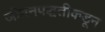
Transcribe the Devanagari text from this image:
जीवनपद्धतीकडून